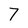
Character: 7